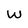
Character: W